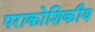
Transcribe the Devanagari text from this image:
पराकोशिकीय